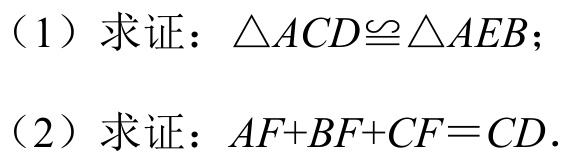
（1）求证：\(\triangle ACD\cong\triangle AEB\)；
（2）求证：\(AF + BF+CF = CD\).